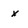
Character: x